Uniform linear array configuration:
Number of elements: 12
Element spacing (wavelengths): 0.25
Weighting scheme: hamming
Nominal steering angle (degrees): -15
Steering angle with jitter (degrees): -13.222
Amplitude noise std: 0.05
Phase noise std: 0.05

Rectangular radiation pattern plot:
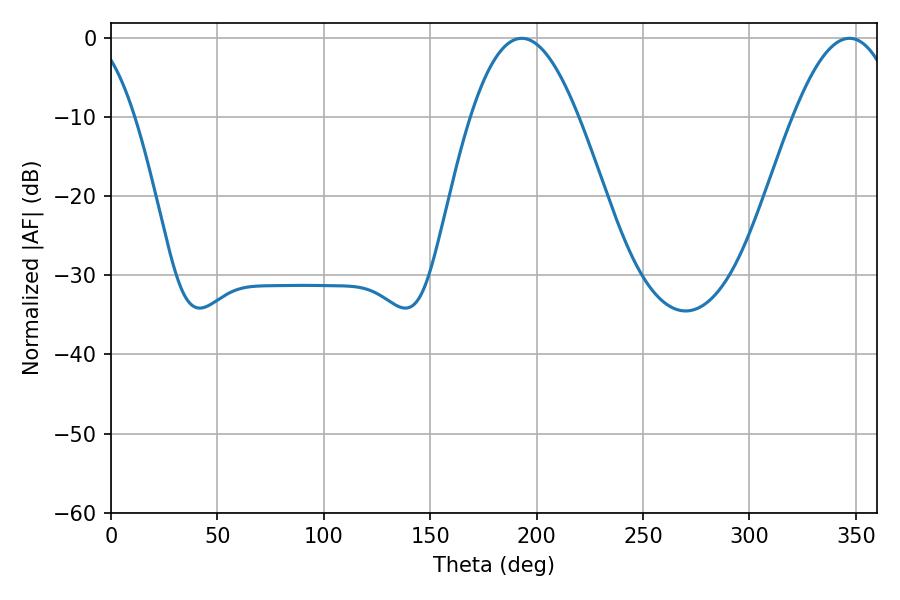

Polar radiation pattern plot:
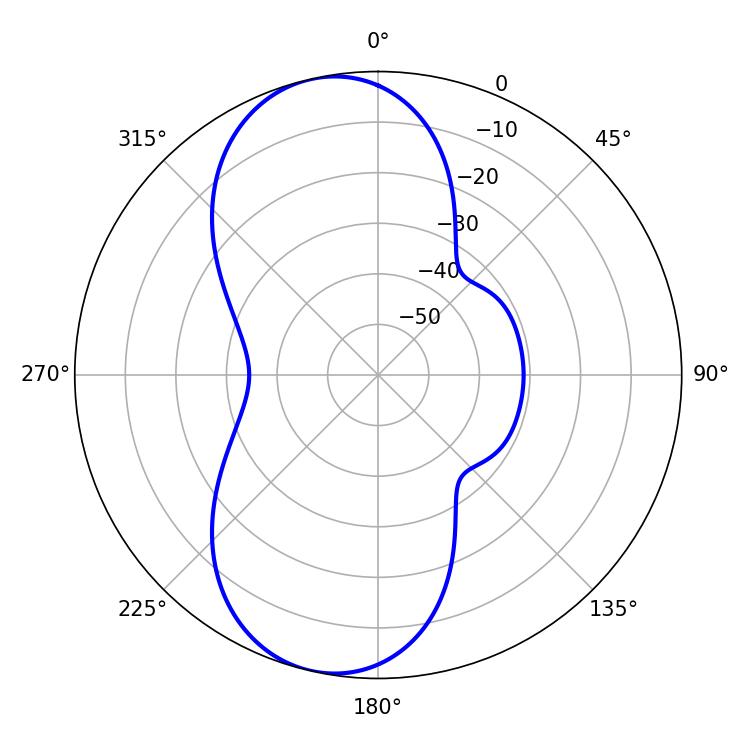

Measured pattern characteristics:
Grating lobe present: FALSE
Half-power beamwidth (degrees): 27.54
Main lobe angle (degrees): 192.96